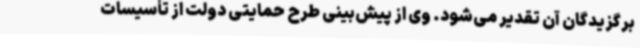
برگزیدگان آن تقدیر می‌شود. وی از پیش‌بینی طرح حمایتی دولت از تأسیسات